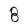
Character: 8